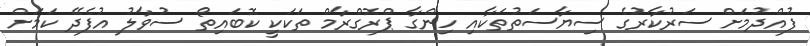
ފުއްދުމަށް ސަރުކާރުގެ ސިޔާސަތުތަކާއި ހިންގާ ޕްރޮގްރާމް ތަކަކީ ކޮބައިތޯ ސުވާލު އުފެދޭ ކަމަށް